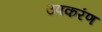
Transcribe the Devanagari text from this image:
उपकरंण